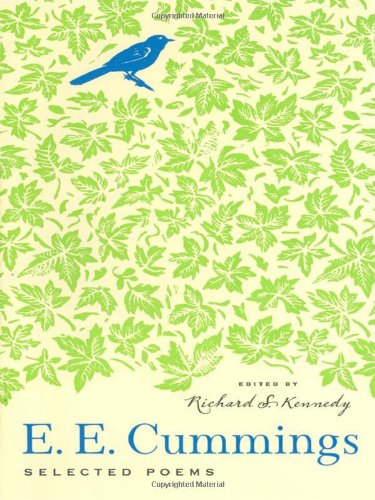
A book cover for Selected Poems; E. E. Cummings; Literature & Fiction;